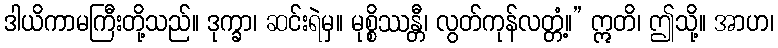
ဒါယိကာမကြီးတို့သည်။ ဒုက္ခာ၊ ဆင်းရဲမှ။ မုစ္စိဿန္တီ၊ လွတ်ကုန်လတ္တံ့။” ဣတိ၊ ဤသို့။ အာဟ၊